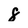
Character: 8